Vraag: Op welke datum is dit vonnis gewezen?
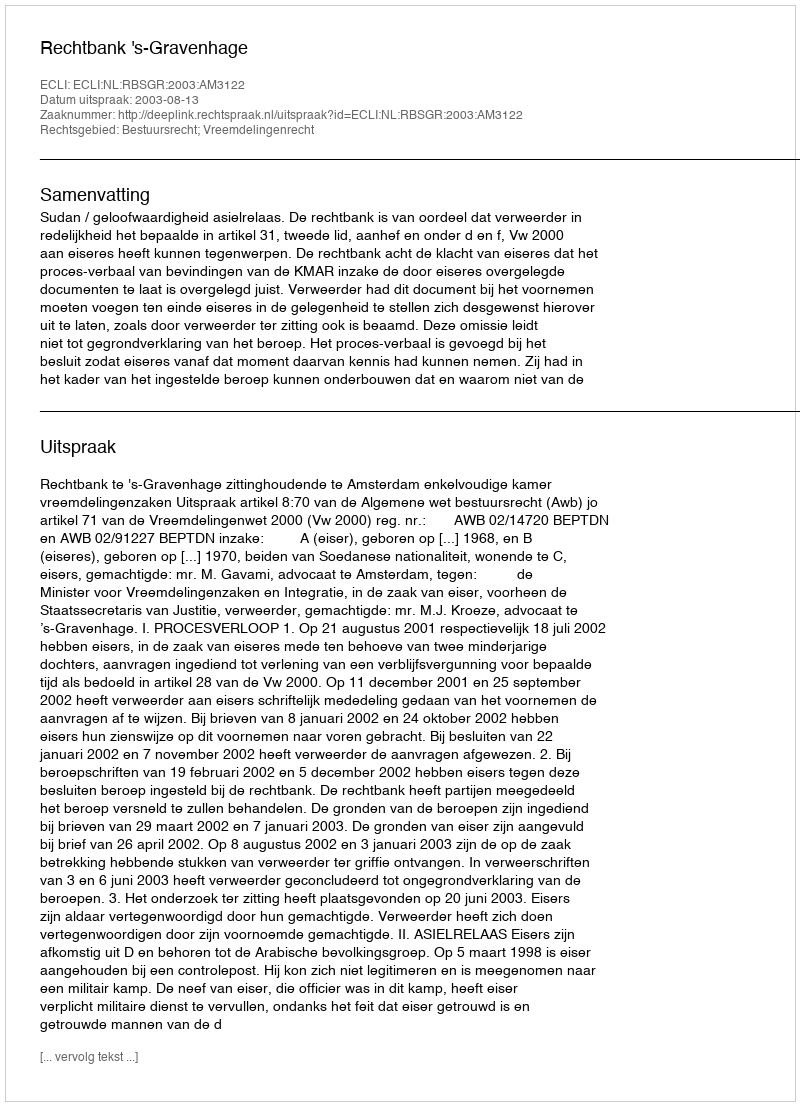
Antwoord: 2003-08-13